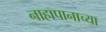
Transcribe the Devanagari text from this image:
नाहापानाच्या